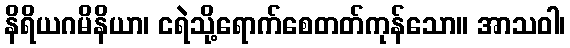
နိရိယဂမိနိယာ၊ ငရဲသို့ရောက်စေတတ်ကုန်သော။ အာသဝါ၊